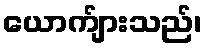
ယောက်ျားသည်၊